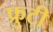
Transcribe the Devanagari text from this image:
फ्रुटी